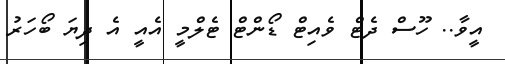
އީވާ.. ހޫސް ދެޓް ވެއިޓް ޑޯންޓް ޓެލްމީ އެއީ އެ ދިޔަ ބޯހަރު